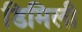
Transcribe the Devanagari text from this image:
डिमिली